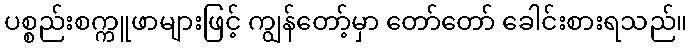
ပစ္စည်းစက္ကူဖာများဖြင့် ကျွန်တော့်မှာ တော်တော် ခေါင်းစားရသည်။